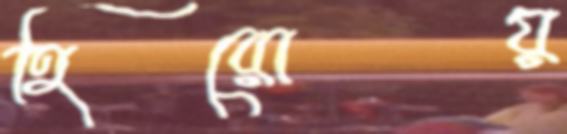
হিরোয়